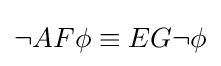
\neg AF\phi \equiv EG\neg \phi